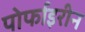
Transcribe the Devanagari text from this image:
पोर्फाइरीन